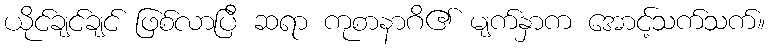
ယိုင်ချင်ချင် ဖြစ်လာပြီ ဆရာ ကုစာနာဂိ၏ မျက်နှာက အောင့်သက်သက်။